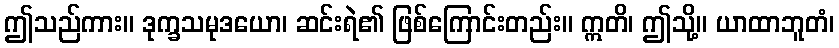
ဤသည်ကား။ ဒုက္ခသမုဒယော၊ ဆင်းရဲ၏ ဖြစ်ကြောင်းတည်း။ ဣတိ၊ ဤသို့။ ယာထာဘူတံ၊